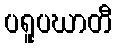
ပရူပဃာတီ